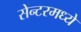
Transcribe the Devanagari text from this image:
सेन्टरमध्ये